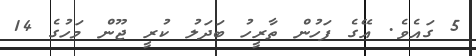
5 ގައެވެ. އޭގެ ފަހުން ތާރީހު ބަދަލު ކުރީ ޖޫން މަހުގެ 14